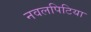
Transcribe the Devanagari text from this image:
नवलपिटिया